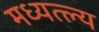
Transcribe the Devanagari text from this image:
मध्यत्ल्य